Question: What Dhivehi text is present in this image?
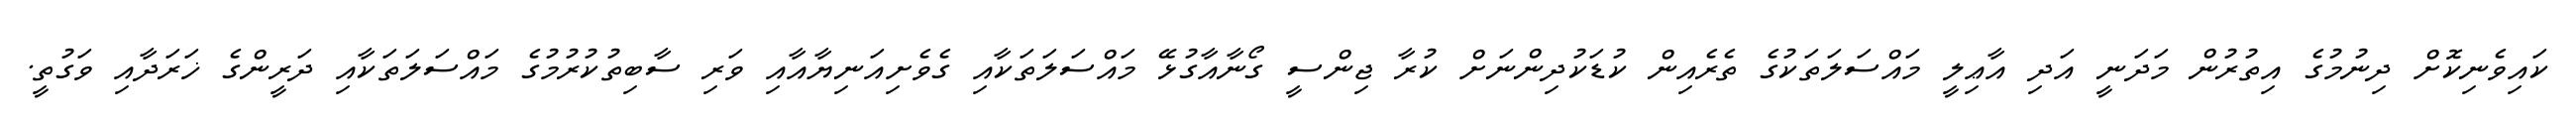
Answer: ކައިވެނިކޮށް ދިނުމުގެ އިތުރުން މަދަނީ އަދި އާޢިލީ މައްސަލަތަކުގެ ތެރެއިން ކުޑަކުދިންނަށް ކުރާ ޖިންސީ ގޯނާއާގުޅޭ މައްސަލަތަކާއި ގެވެށިއަނިޔާއާއި ވަރި ސާބިތުކުރުމުގެ މައްސަލަތަކާއި ދަރީންގެ ޚަރަދާއި ވަގުތީ.